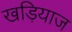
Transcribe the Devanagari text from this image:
खड़ियाज